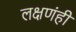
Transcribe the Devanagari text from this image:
लक्षणंही